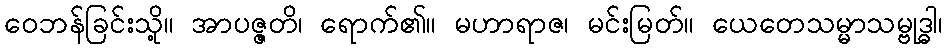
ဝေဘန်ခြင်းသို့။ အာပဇ္ဇတိ၊ ရောက်၏။ မဟာရာဇ၊ မင်းမြတ်။ ယေတေသမ္မာသမ္ဗုဒ္ဓါ၊